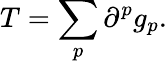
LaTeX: T=\sum_{p}\partial^{p}g_{p}.